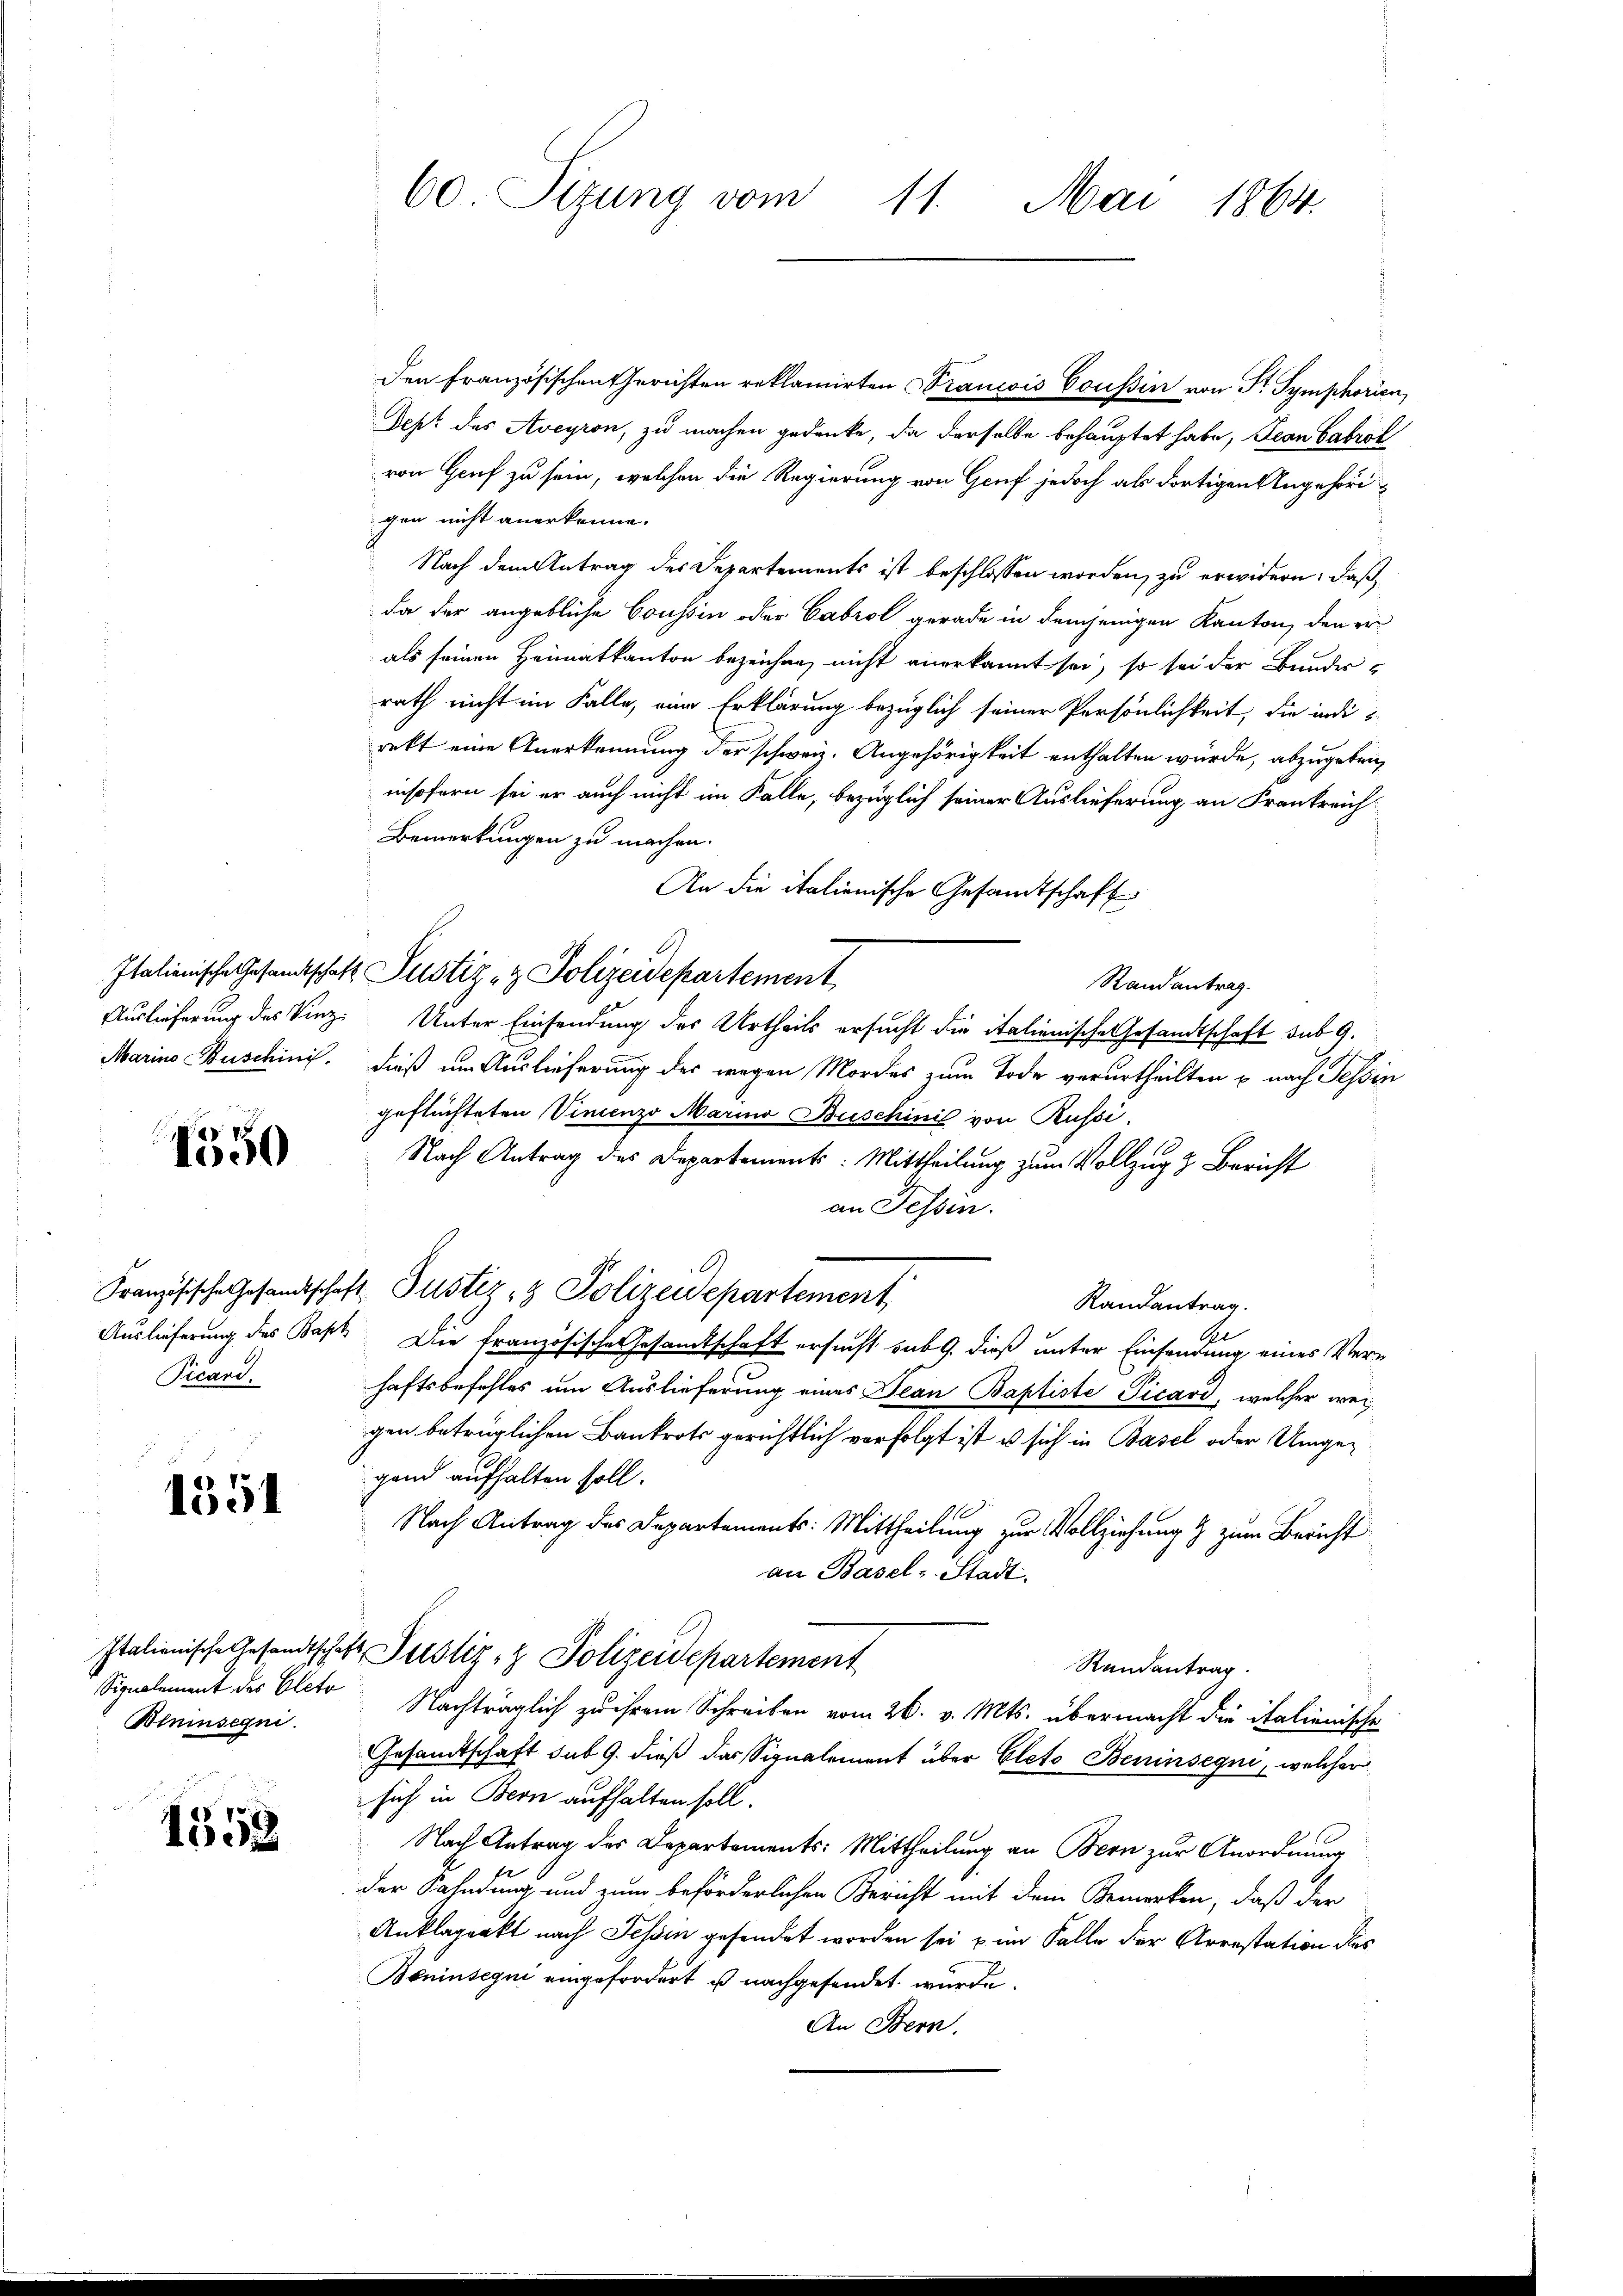
1
1000

Ricard.

1551

Beninsegni.

1558

den französischen Gerichten reklamirten Francois Coussin von St. Symphorien,
Dept des Aveyron, zu machen gedenke, da derselbe behauptet habe, Jean Cabrol
von Genf zu sein, welchen die Regierung von Genf jedoch als dortigen Angehörigen nicht anerkenne.
Nach dem Antrag des Departements ist beschlossen worden, zu erwidern: daß,
da der angebliche Coussin oder Cabrol gerade in demjenigen Kanton, den er
als seinen Heimatkanton bezeichne, nicht anerkannt sei, so sei der Bundes-
rath nicht im Falle, eine Erklärung bezüglich seiner Persönlichkeit, die indirekt eine Anerkennung der schweiz. Angehörigkeit enthalten würde, abzugeben,
insofern sei er auch nicht im Falle, bezüglich seiner Auslieferung an Frankreich
Bemerkungen zu machen.
An die italienische Gesandtschaft
Randantrag.
Auslieferung des Vinz. Unter Einsendung des Urtheils ersucht die italienische Gesandtschaft sub 9.
Marins Buschini. Dieß um Auslieferung des wegen Mordes zum Tode verurtheilten u nach Tessin
geflüchteten Vincenzo Marino Buschinil von Russi
Nach Antrag des Departements: Mittheilung zum Vollzug z. Bericht
an Tessin.
Französische Gesandtschaft Justiz- & Polizeidepartement
Randantrag.
A
Auslieferung des Bapt. Die französische Gesandtschaft ersucht sub 9. dieß unter Einsendung eines Verhaftsbefehles um Auslieferung eines Jean Baptiste Picard, welcher weigen betrüglichen Bankrots gerichtlich verfolgt ist, u sich in Basel oder Umgegand aufhalten soll.
Nach Antrag des Departements: Mittheilung zur Vollziehung & zum Bericht
an Basel-Stadt.
Italienische Gesandtschaft Justiz- & Polizeidepartement
Randantrag
Signalement des Octo Nachträglich zu ihrem Schreiben vom 26. v. Mts. übermacht die italienische
Gesandtschaft sub 9. dieß das Signalement über Eleto Beninsegni, welcher
sich in Bern aufhalten soll.
Nach Antrag des Departements: Mittheilung an Bern zur Anordnung
der Fahndung und zum beförderlichen Gericht mit dem Bemerken, daß der
Anklagenkt nach Tessin gesendet worden sei, u im Falle der Arrestation des
Beninsegni eingefordert ist nachgefandet wurde.
An Bern.

60 Sizung vom 11. Mai 1864.

Italienische Gesandtschaft Pustiz & Polizeidepartement